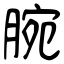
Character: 腕